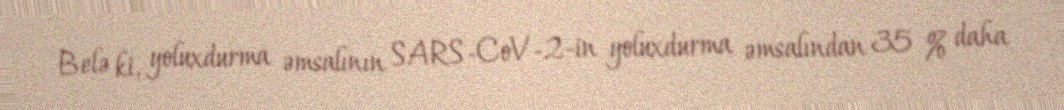
Belə ki, yoluxdurma əmsalının SARS-CoV-2-in yoluxdurma əmsalından 35 % daha